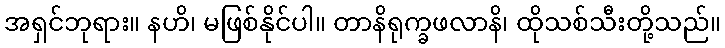
အရှင်ဘုရား။ နဟိ၊ မဖြစ်နိုင်ပါ။ တာနိရုက္ခဖလာနိ၊ ထိုသစ်သီးတို့သည်။